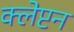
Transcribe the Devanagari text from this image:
क्लेप्टन